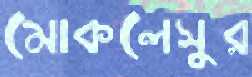
মোকলেসুর